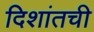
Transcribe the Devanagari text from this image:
दिशांतची